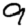
Digit: 9